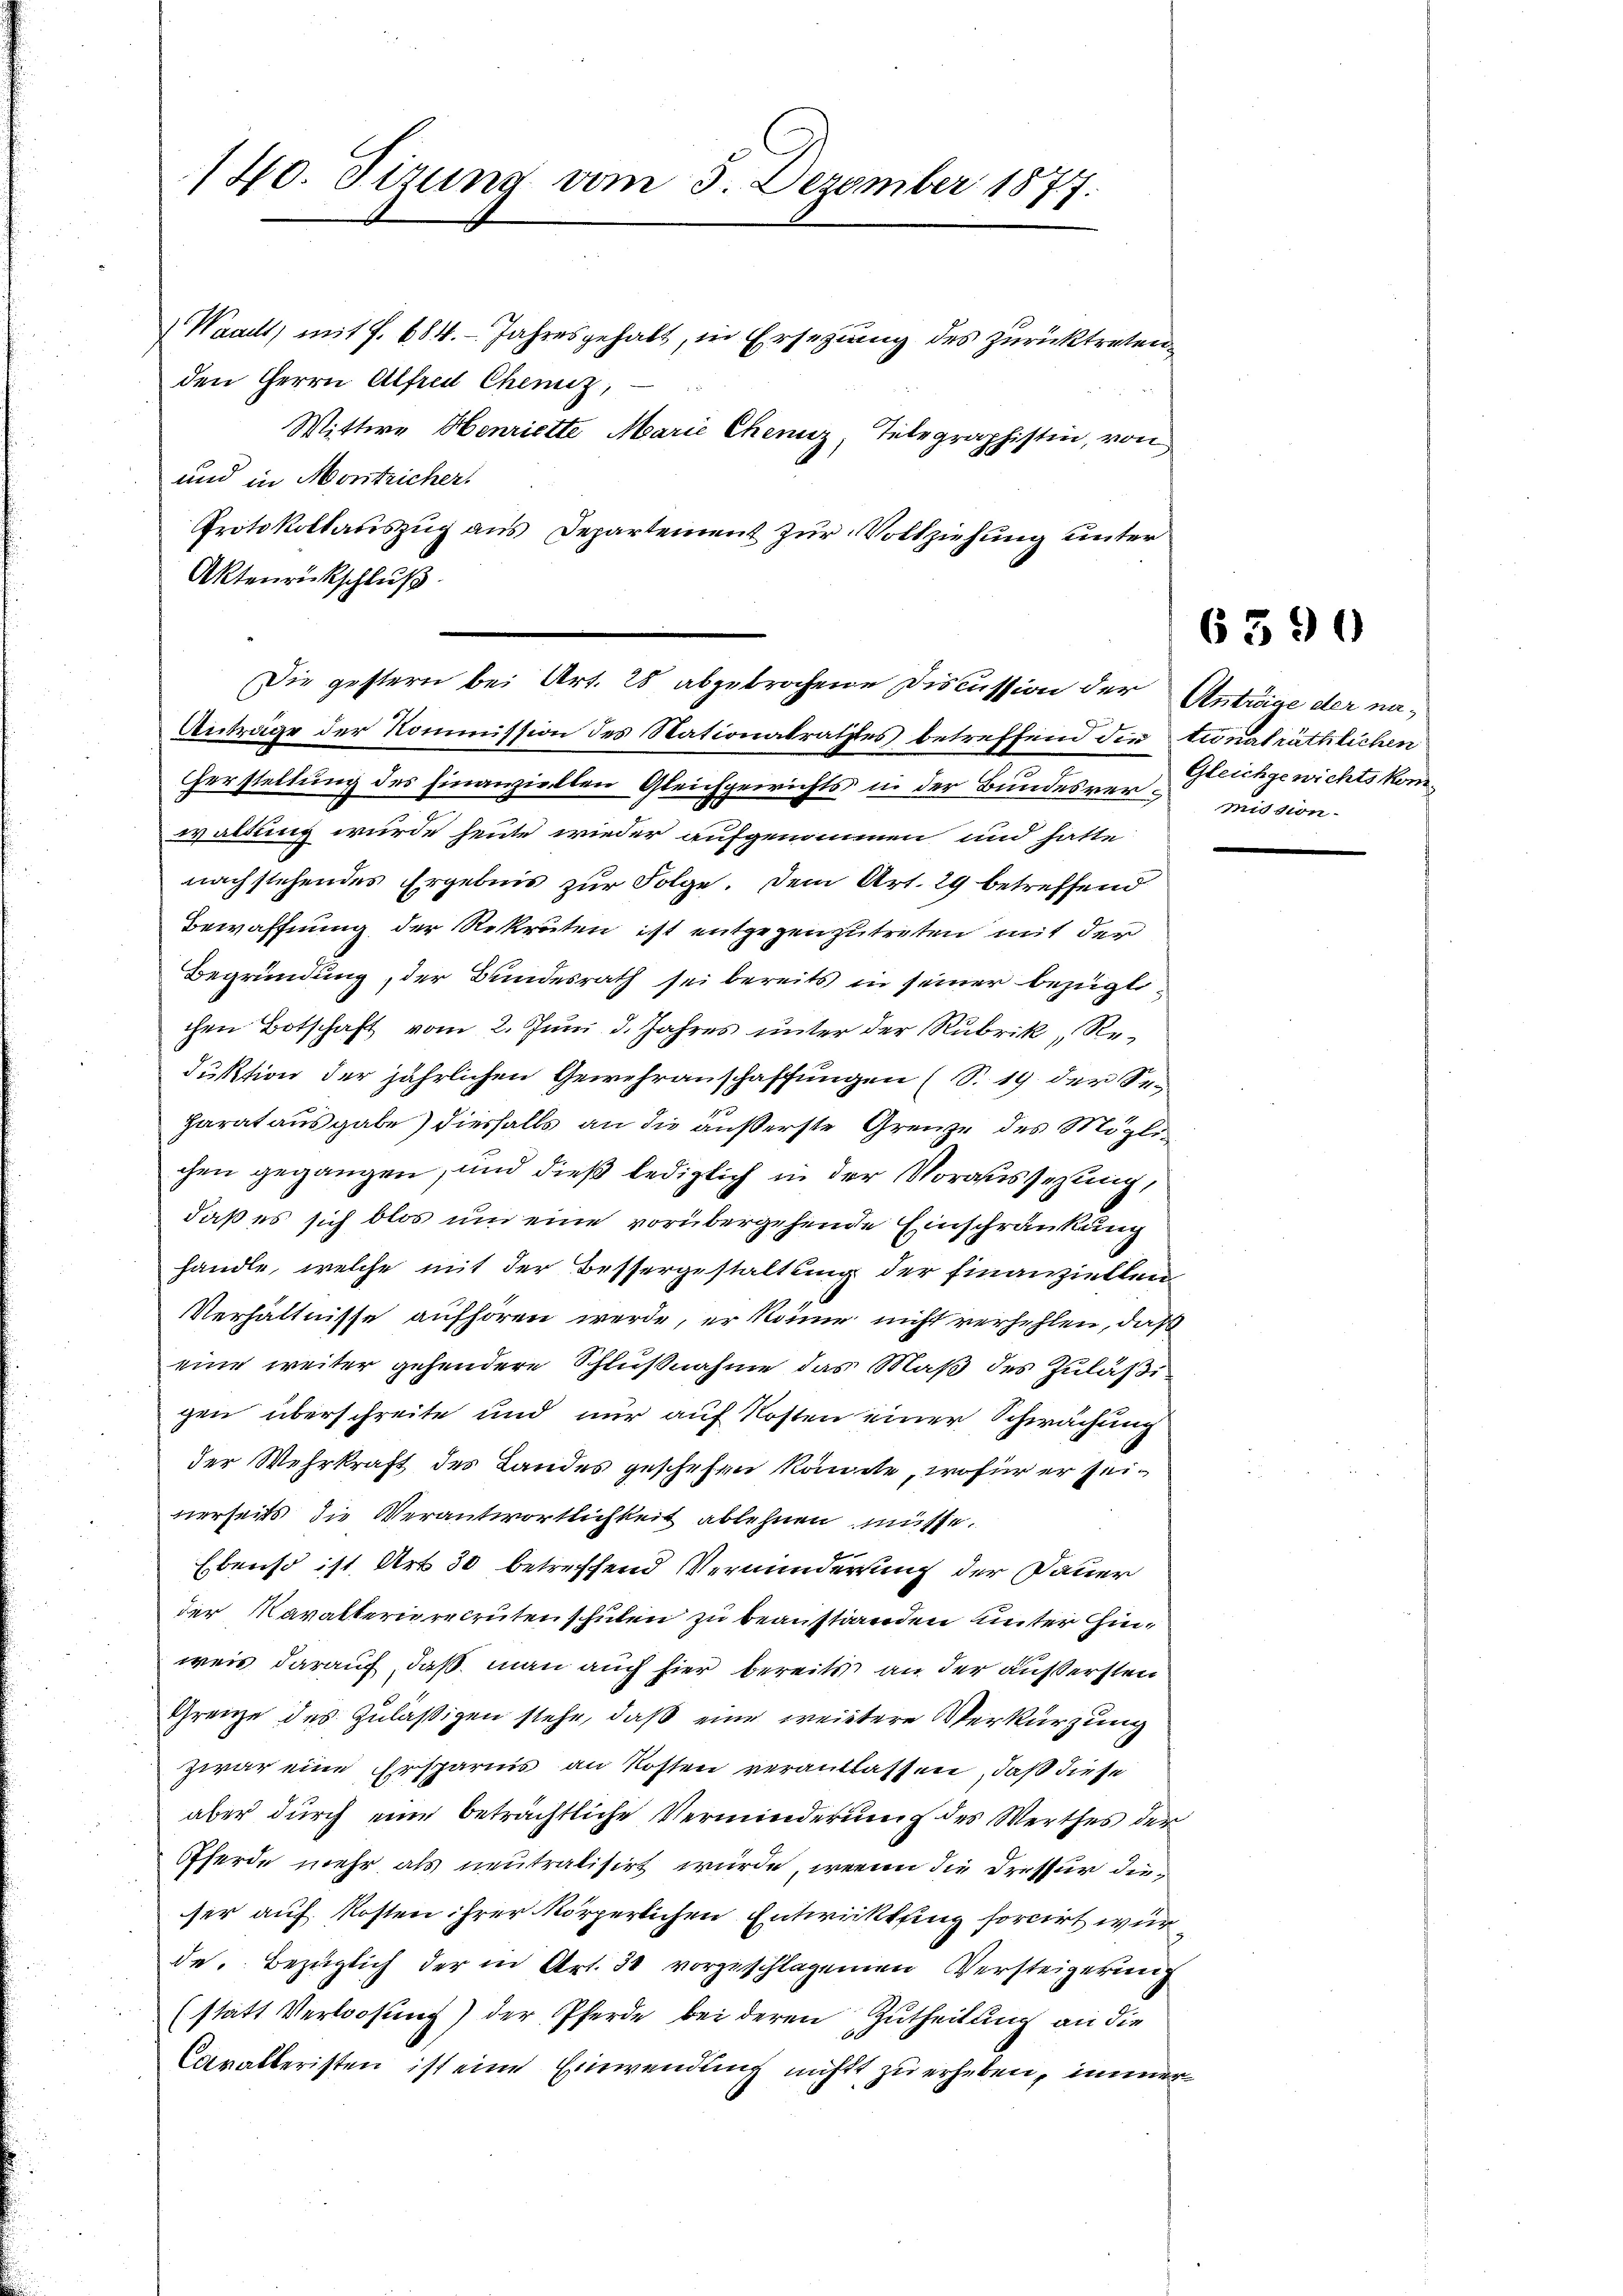
140. Sizung vom 5. Dezember 1877.

Waadt, mit f. 684. Jahresgehalt, in Ersetzung des zurücktreten
den Herrn Alfred Chemiz,
Wittwe Henriette Marie Chenz, Telegraphistin, von
und in Montricher.
Protokollauszug aus Departement zur Vollziehung unter
Aktenrückschluß
Anträge der Kommission des Nationalrathes betreffend die tionalräthlichen
Herstellung des hinanziellen Gleichgewichts in der Bundesverwaltung wurde heute wieder aufgenommen und hatte
nachstehendes Ergebnis zur Folge. Dem Art. 29 betreffend
Bewaffnung der Rekruten ist entgegenzutreten mit der
Begründung, der Bundesrath sei bereits in seiner bezügli
chen Botschaft vom 2. Juni d. Jahres unter der Rubrik, Reduktion der jährlichen Gewehranschaffungen (S. 19. der Se¬
Harat ausgabe) diesfalls an die äußerste Grenze des Möglichen gegangen, und dieß lediglich in der Voraussezung,
daß es sich blos um eine vorübergehende Einschränkung
handle, welche mit der Bessergestaltung der finanziellen
Verhältnisse aufhören werde, er könne nicht verhehlen, daß
eine weiter gehendere Schlußnahme das Maß des Zuläßigen überschreite und nur auf Kosten einer Schwächung
der Wehrkraft des Landes geschehen könnte, wofür er seinerseits die Verantwortlichkeit ablehnen müsse.
Ebenso ist Art 30 betreffend Verminderrung der Dauer
der Kavalterierecruten schulen zu beanstanden unter Hinweis darauf, daß man auch hier bereits an der äußersten
Grenze des zuläßigen stehe, daß eine weitere Verkürzung
zwar eine Ersparnis an Kosten verantlassen, daß diese
aber durch eine beträchtliche Verminderung des Werthes der
Pferde mehr als neutralisirt würde, wenn die Dressur dieser auf Kosten ihrer körperlichen Entwicklung forcirt wur
de. Bezüglich der in Art. 30 vorzuschlagenen Versteigerung
(statt Verlosung) der Pferde bei deren Zutheilung an die
Caralleristen ist eine Einwendung nichtt zu erheben, immer

Die gestern bei Art. 28 abgebrochene Discussion der Anträge der na¬

6390

Gleichgewichtskommission.